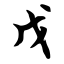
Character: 戊